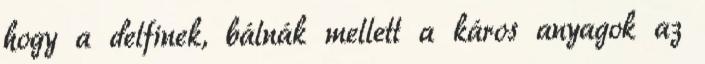
hogy a delfinek, bálnák mellett a káros anyagok az